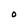
Character: O